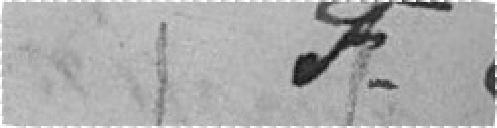
Francs